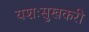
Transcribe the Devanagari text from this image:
यशःसुखकरी